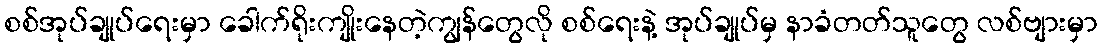
စစ်အုပ်ချုပ်ရေးမှာ ခေါက်ရိုးကျိုးနေတဲ့ကျွန်တွေလို စစ်ရေးနဲ့ အုပ်ချုပ်မှ နာခံတတ်သူတွေ လစ်ဗျားမှာ